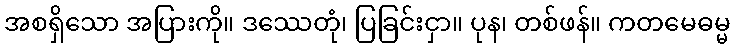
အစရှိသော အပြားကို။ ဒဿေတုံ၊ ပြခြင်းငှာ။ ပုန၊ တစ်ဖန်။ ကတမေဓမ္မ